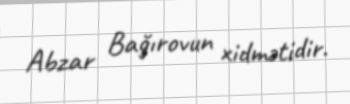
Abzar Bağırovun xidmətidir.